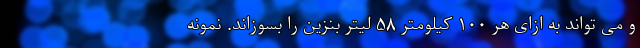
و می تواند به ازای هر ۱۰۰ کیلومتر ۵۸ لیتر بنزین را بسوزاند. نمونه